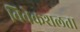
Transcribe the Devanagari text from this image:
विवेकशलता